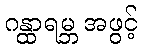
ဂန္ထာရမ္ဘ အဖွင့်